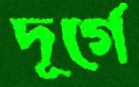
দূর্গে